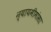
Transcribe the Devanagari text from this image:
न्यायमीमांसा